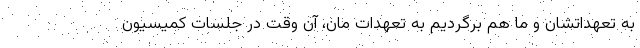
به تعهداتشان و ما هم برگردیم به تعهدات مان، آن وقت در جلسات کمیسیون